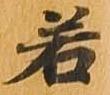
若